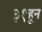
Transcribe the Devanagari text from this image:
३१हून